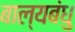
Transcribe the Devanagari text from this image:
बाल्यबंधु